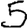
Digit: 5